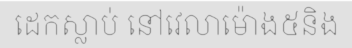
ដេកស្លាប់ នៅវេលាម៉ោង៥និង